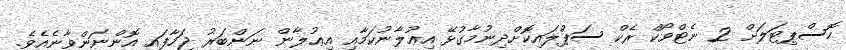
ހޮސްޕިޓަަލަށް 2 ނެޓްވޯކް ރެކް ސަޕްލައިކޮށްދިނުމާގުޅޭ އިޢުލާނުކަމާއި އިޢުލާން ނަންބަރު ޖަހާފައި އޮންނަންވާނެއެވެ.